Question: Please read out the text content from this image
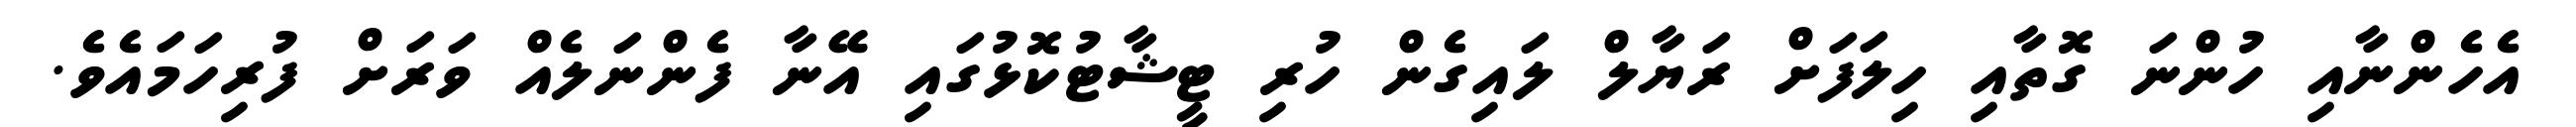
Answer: އެހެންނާއި ހުންނަ ގޮތާއި ހިލަފަށް ރަޔާލް ލައިގެން ހުރި ޓީޝާޓުކޮޅުގައި އޭނާ ފެންނަލެއް ވަރަށް ފުރިހަމައެވެ.